Report on vaccination in Madras 1922-1929 - 1922-1929
Year: 1922
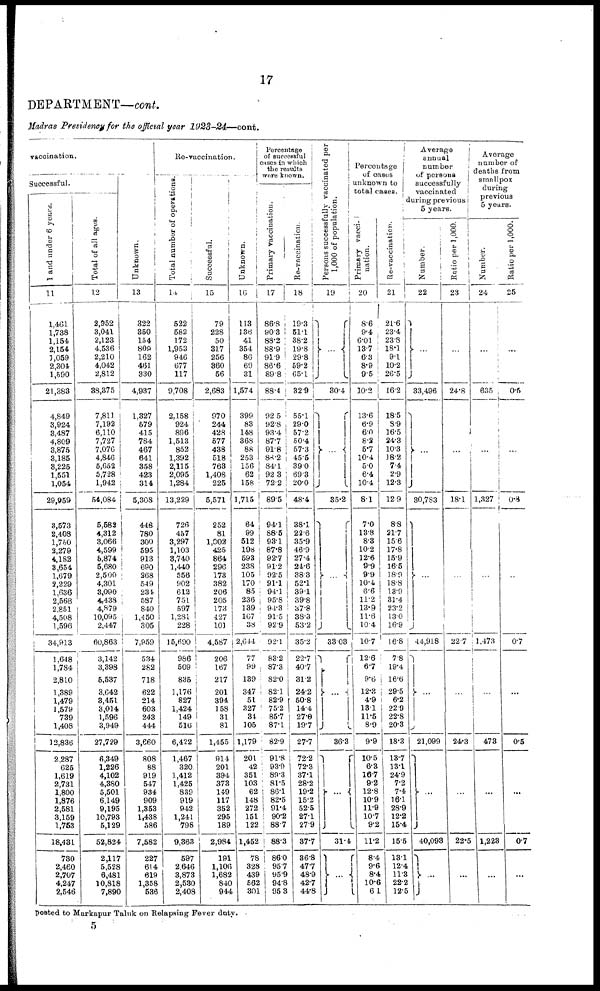
17
DEPARTMENT—cont.
Madras Presidency for the official year 1923-24—cont.
vaccination.
Successful.
1 and under 6 years.
11
1,461
1,738
1,154
2,154
1,059
2,304
1,590
21,383
4,849
3,924
3,487
4,809
3,875
3,185
8,225
1,551
1,054
29,959
3,573
2,408
1,750
3,279
4,182
3,654
1,679
2,229
1,636
2,568
2,851
4,508
1,596
34,913
1,648
1,784
2,810
1,389
1,479
1,579
739
1,408
12,836
2,587
625
1,619
2,731
1,800
1,876
2,581
3,159
1,753
18,431
730
2,460
2,707
4,247
2,546
Total of all ages.
12
2,952
3,041
2,123
4,536
2,210
4,042
2,812
38,375
7,811
7,192
6,110
7,727
7,076
4,846
5,652
5,728
1,942
54,084
5,582
4,312
3,066
4,599
6,874
5,680
2,500
4,301
3,090
4,438
4,879
10,095
2,447
60,863
3,142
3,398
5,537
3,642
3,451
3,014
1,596
3,949
27,729
6,349
1,226
4,102
4,380
5,501
6,149
9,195
10,793
5,129
52,824
2,117
5,528
6,481
10,818
7,890
Unknown.
13
322
350
154
809
162
461
330
4,937
1,327
579
415
784
467
641
358
423
314
5,308
448
780
300
595
913
690
268
549
231
587
840
1,450
305
7,959
534
282
718
622
214
603
243
444
3,660
808
88
919
547
934
909
1,353
1,438
586
7,582
227
614
619
1,358
536
Re-vaccination.
Total number of operations.
14
522
582
172
1,953
946
677
117
9,708
2,158
924
896
1,513
852
1,392
2,115
2,095
1,284
13,229
726
457
3,297
1,103
3,740
1,440
556
902
612
751
597
1,281
228
15,690
986
509
835
1,176
827
1,424
149
516
6,422
1,467
320
1,412
1,425
839
919
942
1,241
798
9,363
597
2,646
3,873
2,530
2,408
Successful.
15
79
228
50
317
256
360
56
2,683
970
244
428
577
438
518
763
1,408
225
5,571
252
81
1,002
425
864
296
173
382
206
205
173
427
101
4,587
206
167
217
201
394
158
31
81
1,455
914
201
394
373
149
117
352
295
189
2,984
191
1,106
1,682
840
944
Unknown.
16
113
136
41
354
86
69
31
1,574
399
83
148
368
88
253
156
62
158
1,715
64
99
512
198
593
238
105
170
85
236
139
107
38
2,644
77
99
139
347
51
327
34
105
1,179
201
42
351
103
62
148
272
151
122
1,452
78
328
439
562
301
Percentage
of successful
cases in which
the results
were known.
Primary vaccination.
17
86.8
90.3
88.2
88.9
91.9
86.6
89.8
88.4
92.5
92.8
93.4
87.7
91.8
88.2
84.1
92.3
72.2
89.5
94.1
88.5
93.1
87.8
92.7
91.2
92.5
91.1
94.1
95.8
94.3
91.5
92.9
92.1
83.2
87.3
82.0
82.1
82.9
75.2
85.7
87.1
82.9
91.8
93.9
89.3
81.5
86.1
82.5
91.4
90.2
88.7
88.3
86.0
95.7
95.9
94.8
95.3
Re-vaccination.
18
19.3
51.1
38.2
19.8
29.8
59.2
65.1
32.9
55.1
29.0
57.2
50.4
57.3
45.5
39.0
69.3
20.0
48.4
38.1
22.6
35.9
46.9
27.4
24.6
38.3
52.1
39.1
39.8
37.8
38.3
53.2
35.2
22.7
40.7
31.2
24.2
50.8
14.4
27.0
19.7
27.7
72.2
72.3
37.1
28.2
19.2
15.2
52.5
27.1
27.9
37.7
36.8
47.7
48.9
42.7
44.8
Persons successfully vaccinated per
1,000 of population.
19
...
30.4
...
35.2
...
33.03
...
36.3
...
31.4
...
Percentage
of cases
unknown to
total cases.
Primary vacci-
nation.
20
8.6
9.4
6.01
13.7
6.3
8.9
9.5
10.2
13.6
6.9
6.0
8.2
5.7
10.4
5.0
6.4
10.4
8.1
7.0
13.8
8.3
10.2
12.6
9.9
9.9
10.4
6.6
11.2
13.9
11.6
10.4
10.7
12.6
6.7
9.6
12.3
4.9
13.1
11.5
8.9
9.9
10.5
6.3
16.7
9.2
12.8
10.9
11.9
10.7
9.2
11.2
8.4
9.6
8.4
10.6
6.1
Re-vaccination.
21
21.6
23.4
23.8
18.1
9.1
10.2
26.5
16.2
18.5
8.9
16.5
24.3
10.3
18.2
7.4
2.9
12.3
12.9
8.8
21.7
15.6
17.8
15.9
16.5
18.9
18.8
13.9
31.4
23.2
13.0
16.9
16.8
7.8
19.4
16.6
29.5
6.2
22.9
22.8
20.3
18.3
13.7
13.1
24.9
7.2
7.4
16.1
28.9
12.2
15.4
15.5
13.1
12.4
11.3
22.2
12.5
Average
annual
number
of persons
successfully
vaccinated
during previous
5 years.
Number.
22
...
33,496
...
30,783
...
44,918
...
21,099
...
40,093
...
Ratio per 1,000.
23
...
24.8
...
18.1
...
22.7
...
24.3
...
22.5
...
Average
number of
deaths from
smallpox
during
previous
5 years.
Number.
24
...
635
...
1,327
...
1,473
...
473
...
1,223
...
Ratio per 1,000.
25
...
0.5
...
0.8
...
0.7
...
0.5
...
0.7
...
posted to Markapur Taluk on Relapsing Fever duty.
5